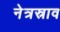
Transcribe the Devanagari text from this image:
नेत्रस्राव